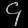
Digit: ၄